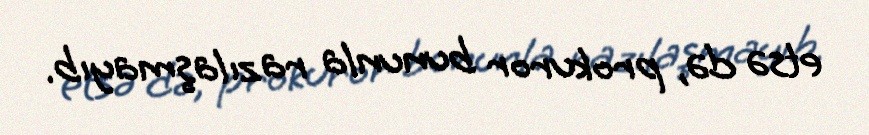
etsə də, prokuror bununla razılaşmayıb.